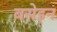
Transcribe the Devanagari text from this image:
बसेइन